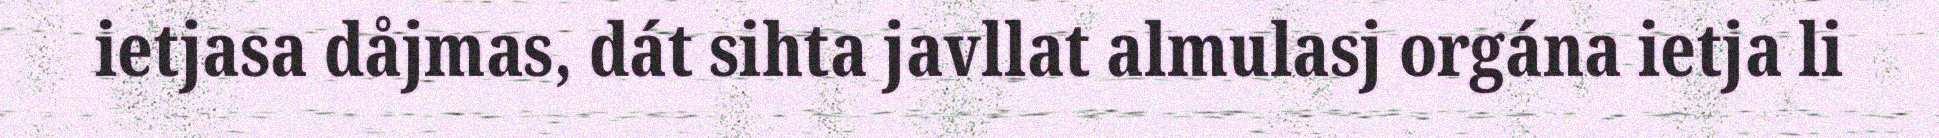
ietjasa dåjmas, dát sihta javllat almulasj orgána ietja li